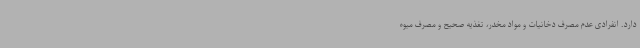
دارد. انفرادی عدم مصرف دخانیات و مواد مخدر، تغذیه صحیح و مصرف میوه